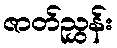
ဇာတ်ညွှန်း